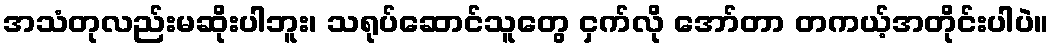
အသံတုလည်းမဆိုးပါဘူး၊ သရုပ်ဆောင်သူတွေ ငှက်လို အော်တာ တကယ့်အတိုင်းပါပဲ။